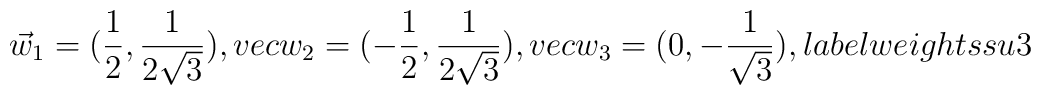
\vec w_1=(\frac{1}{2},\frac{1}{2\sqrt{3}}),\  \\vec w_2=(-\frac{1}{2},\frac{1}{2\sqrt{3}}),\  \\vec w_3=(0,-\frac{1}{\sqrt{3}}),\  \